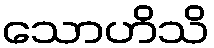
သောဟိသိ